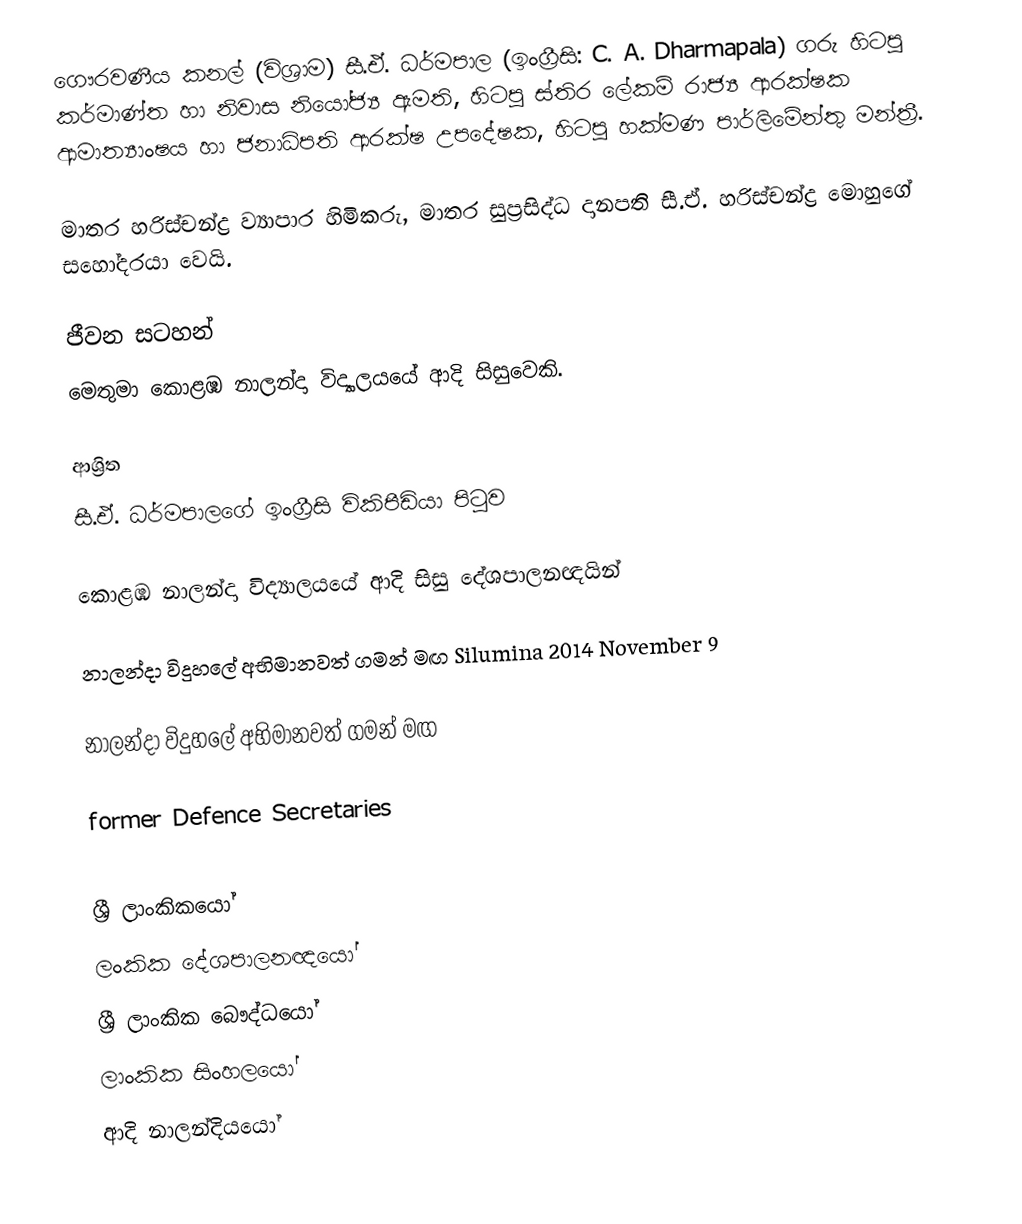
ගෞරවණීය කනල් (විශ්‍රාම) සී.ඒ. ධර්මපාල (ඉංග්‍රීසි: C. A. Dharmapala) ගරු හිටපු කර්මාණ්ත හා නිවාස නියෝජ්‍ය ඇමති, හිටපු ස්තිර ලේකම් රාජ්‍ය ආරක්ෂක ආමාත්‍යාංෂය හා ජනාධිපති ආරක්ෂ උපදේෂක, හිටපු හක්මණ පාර්ලිමේන්තු මන්ත්‍රී.

මාතර හරිස්චන්ද්‍ර ව්‍යාපාර හිමිකරු, මාතර සුප්‍රසිද්ධ දානපති සී.ඒ. හරිස්චන්ද්‍ර මොහුගේ සහෝදරයා වෙයි.

ජීවන සටහන්
මෙතුමා  කොළඹ නාලන්දා විද්‍යාලයයේ ආදි සිසුවෙකි.

ආශ්‍රිත
සී.ඒ. ධර්මපාලගේ ඉංග්‍රීසි විකිපීඩියා පිටුව

කොළඹ නාලන්දා විද්‍යාලයයේ ආදි සිසු දේශපාලනඥයින්

නාලන්දා විදුහලේ අභිමානවත් ගමන් මඟ Silumina 2014 November 9

නාලන්දා විදුහලේ අභිමානවත් ගමන් මඟ

former Defence Secretaries

ශ්‍රී ලාංකිකයෝ
ලංකික දේශපාලනඥයෝ
ශ්‍රී ලාංකික බෞද්ධයෝ
ලාංකික සිංහලයෝ
ආදි නාලන්දියයෝ